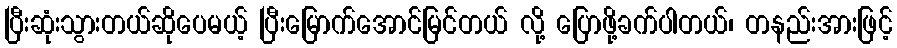
ပြီးဆုံးသွားတယ်ဆိုပေမယ့် ပြီးမြောက်အောင်မြင်တယ် လို့ ပြောဖို့ခက်ပါတယ်၊ တနည်းအားဖြင့်